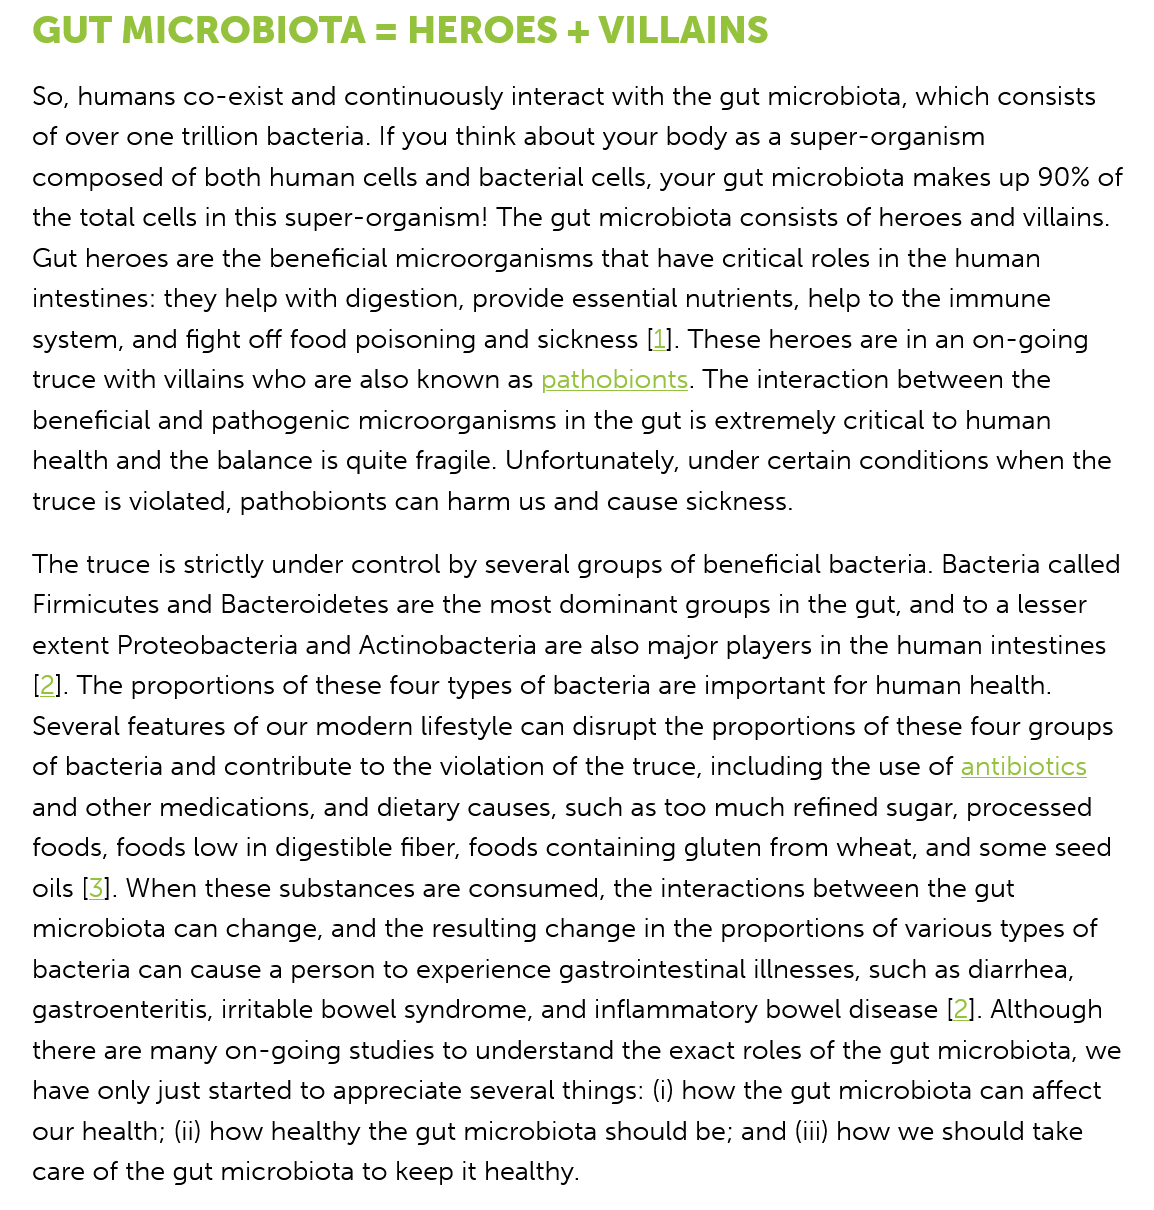
GUT    MICROBIOTA    =  HEROES   +    VILLAINS
   The truce is strictly under control by several groups of beneficial bacteria. Bacteria called
   Firmicutes and Bacteroidetes are the most dominant groups in the gut, and to a lesser
   extent Proteobacteria and Actinobacteria are also major players in the human intestines
   [2]. The proportions of these four types of bacteria are important for human health.
   Several features of our modern lifestyle can disrupt the proportions of these four groups
   of bacteria and contribute to the violation of the truce, including the use of antibiotics
   and other medications, and dietary causes, such as too much refined sugar, processed
   foods, foods low in digestible fiber, foods containing gluten from wheat, and some seed
   oils [3]. When these substances are consumed, the interactions between the gut
   microbiota can change, and the resulting change in the proportions of various types of
   bacteria can cause a person to experience gastrointestinal illnesses, such as diarrhea,
   gastroenteritis, irritable bowel syndrome, and inflammatory bowel disease [2]. Although
   there are many on-going studies to understand the exact roles of the gut microbiota, we
   have only just started to appreciate several things: (i) how the gut microbiota can affect
   our health; (ii) how healthy the gut microbiota should be; and (iii) how we should take
   care of the gut microbiota to keep it healthy.
   So, humans co-exist and continuously interact with the gut microbiota, which consists
   of over one trillion bacteria. If you think about your body as a super-organism
   composed  of both human cells and bacterial cells, your gut microbiota makes up 90% of
   the total cells in this super-organism! The gut microbiota consists of heroes and villains.
   Gut heroes are the beneficial microorganisms that have critical roles in the human
   intestines: they help with digestion, provide essential nutrients, help to the immune
   system, and fight off food poisoning and sickness [1]. These heroes are in an on-going
   truce with villains who are also known as pathobionts. The interaction between the
   beneficial and pathogenic microorganisms in the gut is extremely critical to human
   health and the balance is quite fragile. Unfortunately, under certain conditions when the
   truce is violated, pathobionts can harm us and cause sickness.